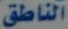
الناطق